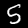
Label: 5